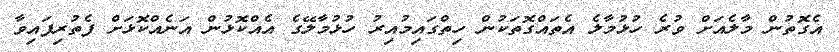
އެގޮތުން މާލެއަށް ވުރެ ހުޅުމާލެ އެތައްގޮތަކުން ހިތްގައިމުއިރު ހުޅުމާލޭގެ އެއްކޮޅުން އަނެއްކޮޅަށް ފެތުރިފައިވާ